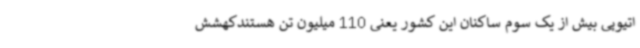
اتیوپی بیش از یک سوم ساکنان این کشور یعنی 110 میلیون تن هستندکهشش